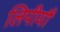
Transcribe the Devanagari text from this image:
लिपीयौं